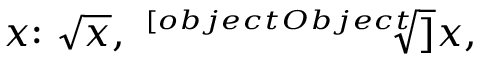
x { \mathrm { : ~ } } { \sqrt { x } } , \ { \sqrt [ [object Object] ] { x } } ,